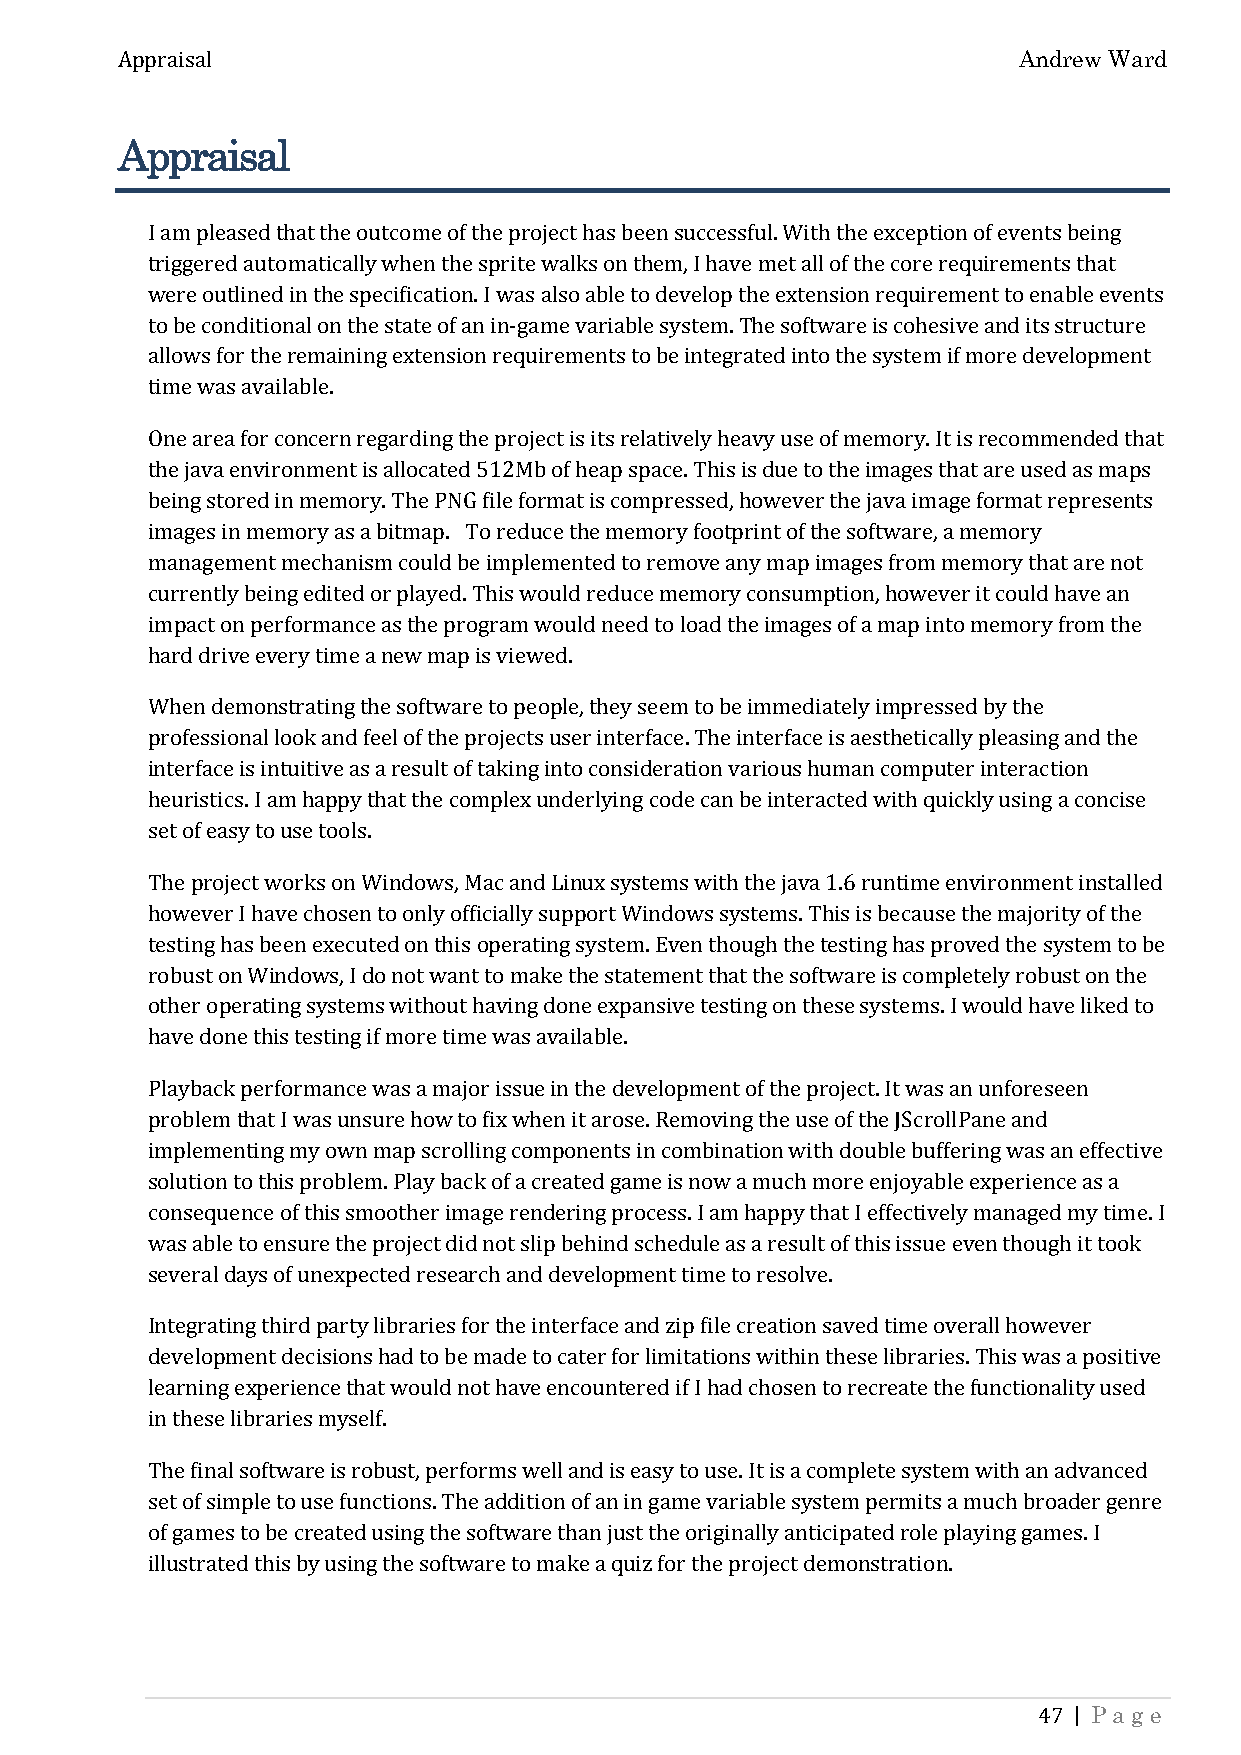
Andrew Ward
 Appraisal
 Appraisal
 I am pleased that the outcome of the project has been successful. With the exception of events being
 triggered automatically when the sprite walks on them, I have met all of the core requirements that
 were outlined in the specification. I was also able to develop the extension requirement to enable events
 to be conditional on the state of an in-game variable system. The software is cohesive and its structure
 allows for the remaining extension requirements to be integrated into the system if more development
 time was available.
 One area for concern regarding the project is its relatively heavy use of memory. It is recommended that
 the java environment is allocated 512Mb of heap space. This is due to the images that are used as maps
 being stored in memory. The PNG file format is compressed, however the java image format represents
 images in memory as a bitmap. To reduce the memory footprint of the software, a memory
 management mechanism could be implemented to remove any map images from memory that are not
 currently being edited or played. This would reduce memory consumption, however it could have an
 impact on performance as the program would need to load the images of a map into memory from the
 hard drive every time a new map is viewed.
 When demonstrating the software to people, they seem to be immediately impressed by the
 professional look and feel of the projects user interface. The interface is aesthetically pleasing and the
 interface is intuitive as a result of taking into consideration various human computer interaction
 heuristics. I am happy that the complex underlying code can be interacted with quickly using a concise
 set of easy to use tools.
 The project works on Windows, Mac and Linux systems with the java 1.6 runtime environment installed
 however I have chosen to only officially support Windows systems. This is because the majority of the
 testing has been executed on this operating system. Even though the testing has proved the system to be
 robust on Windows, I do not want to make the statement that the software is completely robust on the
 other operating systems without having done expansive testing on these systems. I would have liked to
 have done this testing if more time was available.
 Playback performance was a major issue in the development of the project. It was an unforeseen
 problem that I was unsure how to fix when it arose. Removing the use of the JScrollPane and
 implementing my own map scrolling components in combination with double buffering was an effective
 solution to this problem. Play back of a created game is now a much more enjoyable experience as a
 consequence of this smoother image rendering process. I am happy that I effectively managed my time. I
 was able to ensure the project did not slip behind schedule as a result of this issue even though it took
 several days of unexpected research and development time to resolve.
 Integrating third party libraries for the interface and zip file creation saved time overall however
 development decisions had to be made to cater for limitations within these libraries. This was a positive
 learning experience that would not have encountered if I had chosen to recreate the functionality used
 in these libraries myself.
 The final software is robust, performs well and is easy to use. It is a complete system with an advanced
 set of simple to use functions. The addition of an in game variable system permits a much broader genre
 of games to be created using the software than just the originally anticipated role playing games. I
 illustrated this by using the software to make a quiz for the project demonstration.
 | Page
 47